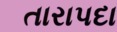
તારાપદા